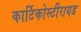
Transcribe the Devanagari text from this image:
कार्टिकोस्टीरायड